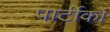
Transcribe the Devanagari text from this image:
पार्टीको